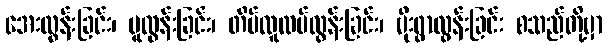
အေးလွန်းခြင်း၊ ပူလွန်းခြင်း၊ တိမ်ထူထပ်လွန်းခြင်း၊ မိုးရွာလွန်းခြင်း စသည်တို့မှာ